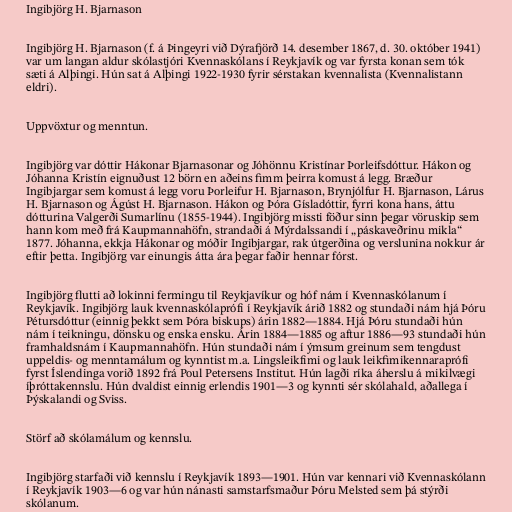
Ingibjörg H. Bjarnason

Ingibjörg H. Bjarnason (f. á Þingeyri við Dýrafjörð 14. desember 1867, d. 30. október 1941)
var um langan aldur skólastjóri Kvennaskólans í Reykjavík og var fyrsta konan sem tók
sæti á Alþingi. Hún sat á Alþingi 1922-1930 fyrir sérstakan kvennalista (Kvennalistann
eldri).

Uppvöxtur og menntun.

Ingibjörg var dóttir Hákonar Bjarnasonar og Jóhönnu Kristínar Þorleifsdóttur. Hákon og
Jóhanna Kristín eignuðust 12 börn en aðeins fimm þeirra komust á legg. Bræður
Ingibjargar sem komust á legg voru Þorleifur H. Bjarnason, Brynjólfur H. Bjarnason, Lárus
H. Bjarnason og Ágúst H. Bjarnason. Hákon og Þóra Gísladóttir, fyrri kona hans, áttu
dótturina Valgerði Sumarlínu (1855-1944). Ingibjörg missti föður sinn þegar vöruskip sem
hann kom með frá Kaupmannahöfn, strandaði á Mýrdalssandi í „páskaveðrinu mikla“
1877. Jóhanna, ekkja Hákonar og móðir Ingibjargar, rak útgerðina og verslunina nokkur ár
eftir þetta. Ingibjörg var einungis átta ára þegar faðir hennar fórst.

Ingibjörg flutti að lokinni fermingu til Reykjavíkur og hóf nám í Kvennaskólanum í
Reykjavík. Ingibjörg lauk kvennaskólaprófi í Reykjavík árið 1882 og stundaði nám hjá Þóru
Pétursdóttur (einnig þekkt sem Þóra biskups) árin 1882—1884. Hjá Þóru stundaði hún
nám í teikningu, dönsku og enska ensku. Árin 1884—1885 og aftur 1886—93 stundaði hún
framhaldsnám í Kaupmannahöfn. Hún stundaði nám í ýmsum greinum sem tengdust
uppeldis- og menntamálum og kynntist m.a. Lingsleikfimi og lauk leikfimikennaraprófi
fyrst Íslendinga vorið 1892 frá Poul Petersens Institut. Hún lagði ríka áherslu á mikilvægi
íþróttakennslu. Hún dvaldist einnig erlendis 1901—3 og kynnti sér skólahald, aðallega í
Þýskalandi og Sviss.

Störf að skólamálum og kennslu.

Ingibjörg starfaði við kennslu í Reykjavík 1893—1901. Hún var kennari við Kvennaskólann
í Reykjavík 1903—6 og var hún nánasti samstarfsmaður Þóru Melsted sem þá stýrði
skólanum.